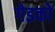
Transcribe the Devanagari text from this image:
गेइको